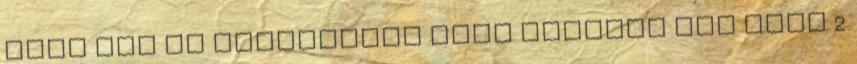
akár azt is érezhetted hogy jöhetne még vagy 2